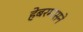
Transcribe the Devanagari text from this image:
हेबरमासने